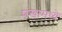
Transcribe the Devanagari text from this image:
शंखामध्ये